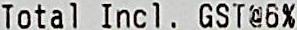
TOTAL INCL. GST@6%